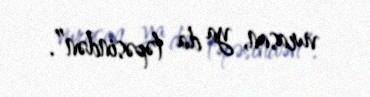
vurasan, ya da təpəsindən”.